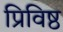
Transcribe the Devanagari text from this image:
प्रिविष्ठ